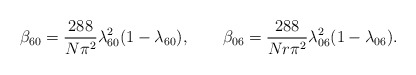
\begin{align*}\beta _{60}={\frac{288}{N\pi ^{2}}}\lambda _{60}^{2}(1-\lambda _{60}),\qquad\beta _{06}={\frac{288}{Nr\pi ^{2}}}\lambda _{06}^{2}(1-\lambda _{06}).\end{align*}